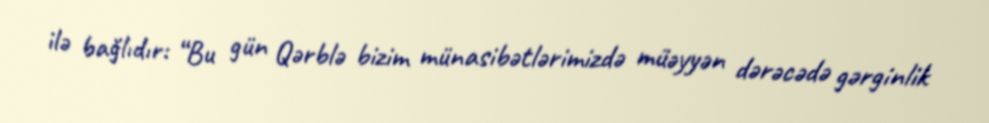
ilə bağlıdır: “Bu gün Qərblə bizim münasibətlərimizdə müəyyən dərəcədə gərginlik